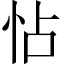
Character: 怗